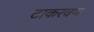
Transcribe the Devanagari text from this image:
टाकरवण